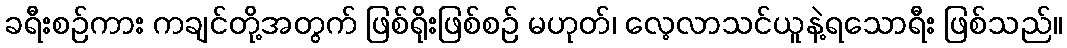
ခရီးစဉ်ကား ကချင်တို့အတွက် ဖြစ်ရိုးဖြစ်စဉ် မဟုတ်၊ လေ့လာသင်ယူနဲ့ရသောရီး ဖြစ်သည်။